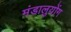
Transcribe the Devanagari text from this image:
मंडालुयोंग